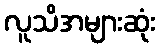
လူသိအများဆုံး